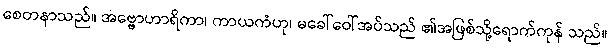
စေတနာသည်။ အဗ္ဗောဟာရိကာ၊ ကာယကံဟု၊ မခေါ်ဝေါ်အပ်သည် ၏အဖြစ်သို့ရောက်ကုန် သည်။